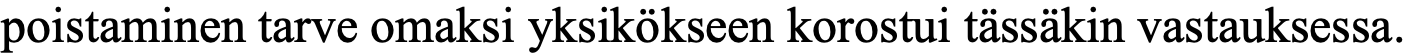
poistaminen tarve omaksi yksikökseen korostui tässäkin vastauksessa.